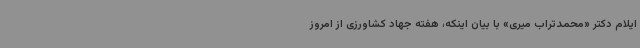
ایلام دکتر «محمدتراب میری» با بیان اینکه، هفته جهاد کشاورزی از امروز